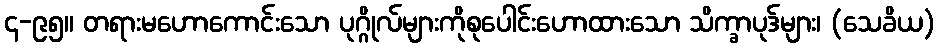
၄-၉၅။ တရားမဟောကောင်းသော ပုဂ္ဂိုလ်များကိုစုပေါင်းဟောထားသော သိက္ခာပုဒ်များ၊ (သေခိယ)